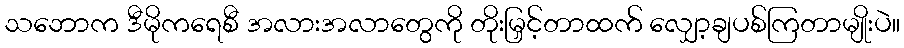
သဘောက ဒီမိုကရေစီ အလားအလာတွေကို တိုးမြှင့်တာထက် လျှော့ချပစ်ကြတာမျိုးပဲ။